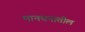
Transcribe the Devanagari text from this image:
मानधनातील